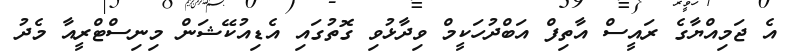
އެ ޖަމިއްޔާގެ ރައީސް އާތިފް އަބްދުހަކީމް ވިދާޅުވި ގޮތުގައި އެޑިއުކޭޝަން މިނިސްޓްރީއާ މެދު